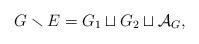
LaTeX: \begin{align*}G \smallsetminus E = G_1 \sqcup G_2 \sqcup \mathcal{A}_G,\end{align*}